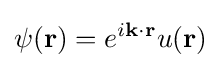
\psi (\mathbf {r} )=e^{i\mathbf {k} \cdot \mathbf {r} }u(\mathbf {r} )